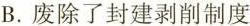
B.废除了封建剥削制度